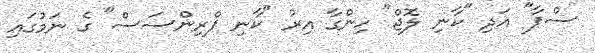
ސްޕާ" އަދި "ކާނި ލޮޖް" ހިންގާ އިރު "ކާނި ޕްރިންސަސް" ގެ ނަމުގައި